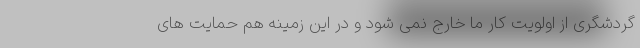
گردشگری از اولویت کار ما خارج نمی شود و در این زمینه هم حمایت های